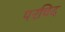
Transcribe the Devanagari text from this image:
परचिद